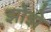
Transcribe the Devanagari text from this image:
झोझे